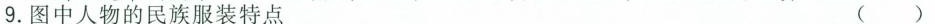
9.图中人物的民族服装特点 ( )